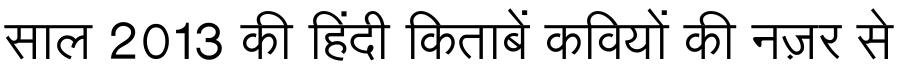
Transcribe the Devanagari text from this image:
साल 2013 की हिंदी किताबें कवियों की नज़र से